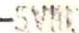
-5VIII